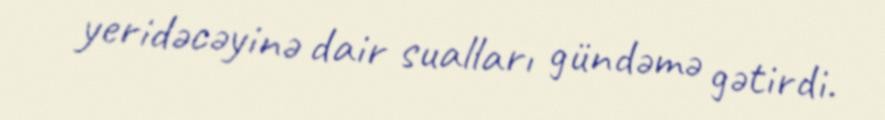
yeridəcəyinə dair sualları gündəmə gətirdi.